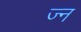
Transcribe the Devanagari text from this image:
ज्न